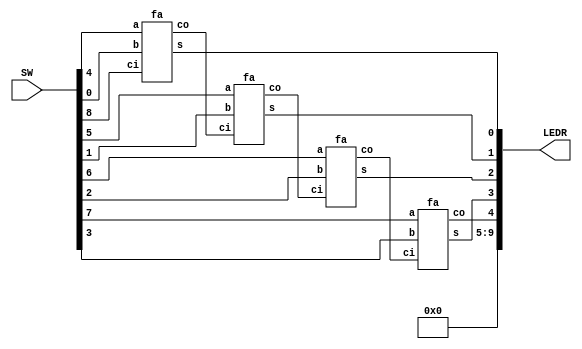
// 4-bit ripple-carry adder
module part3 (SW, LEDR);
	input [8:0] SW;
	output [9:0] LEDR;
	
	wire [3:0] A, B, S;
	wire [4:0] C;		// carries
	
	assign A = SW[7:4];
	assign B = SW[3:0];
	assign C[0] = SW[8];
	fa bit0 (A[0], B[0], C[0], S[0], C[1]);
	fa bit1 (A[1], B[1], C[1], S[1], C[2]);
	fa bit2 (A[2], B[2], C[2], S[2], C[3]);
	fa bit3 (A[3], B[3], C[3], S[3], C[4]);
	
	// Display the inputs
	assign LEDR[4:0] = {C[4], S};
	assign LEDR[9:5] = 5'b0;

endmodule
			
module fa (a, b, ci, s, co);
	input a, b, ci;
	output s, co;

	wire a_xor_b;

	assign a_xor_b = a ^ b;
	assign s = a_xor_b ^ ci;
	assign co = (~a_xor_b & b) | (a_xor_b & ci);
endmodule